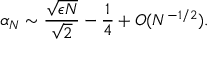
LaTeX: \alpha _ { N } \sim \frac { \sqrt { \epsilon N } } { \sqrt { 2 } } - \frac { 1 } { 4 } + { \cal O } ( N ^ { - 1 / 2 } ) .